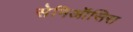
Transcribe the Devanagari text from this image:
सेमिऑसिस